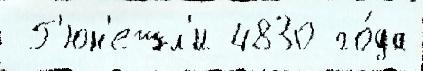
 Г'юн'ешл'и 4830 го́да